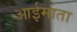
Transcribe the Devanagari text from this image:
आईमाता